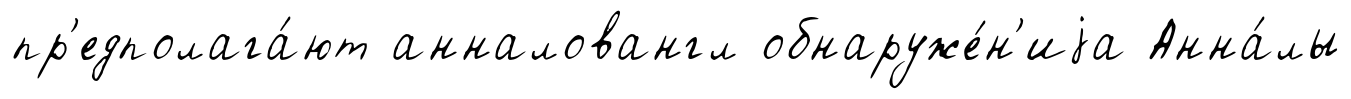
пр'едполага́ют анналовангл обнаруже́н'иjа Анна́лы